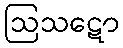
ဩသဋော